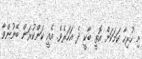
މި ހުރިހާ ކަމަކަށް އޮތީ ބާކީ ދެ އަހަރެވެ. އެއީ ކަންކުރަން ބޭނުންވާ